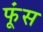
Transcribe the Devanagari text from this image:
फूंस